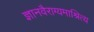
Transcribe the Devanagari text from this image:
ज्ञानवैराग्यमाश्रित्य